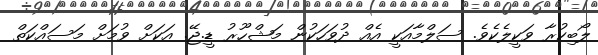
ލޯބިކުރާ ވަކީލެކެވެ. ސަލްމާއަކީ އެއް ދުވަހަކުން މަޝްހޫރު ޑީ.ޖޭ. އަކަށް ވުމަށް މަސައްކަތް